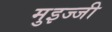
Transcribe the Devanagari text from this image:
मुइज्जी